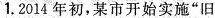
1. 2014年初，某市开始实施”旧